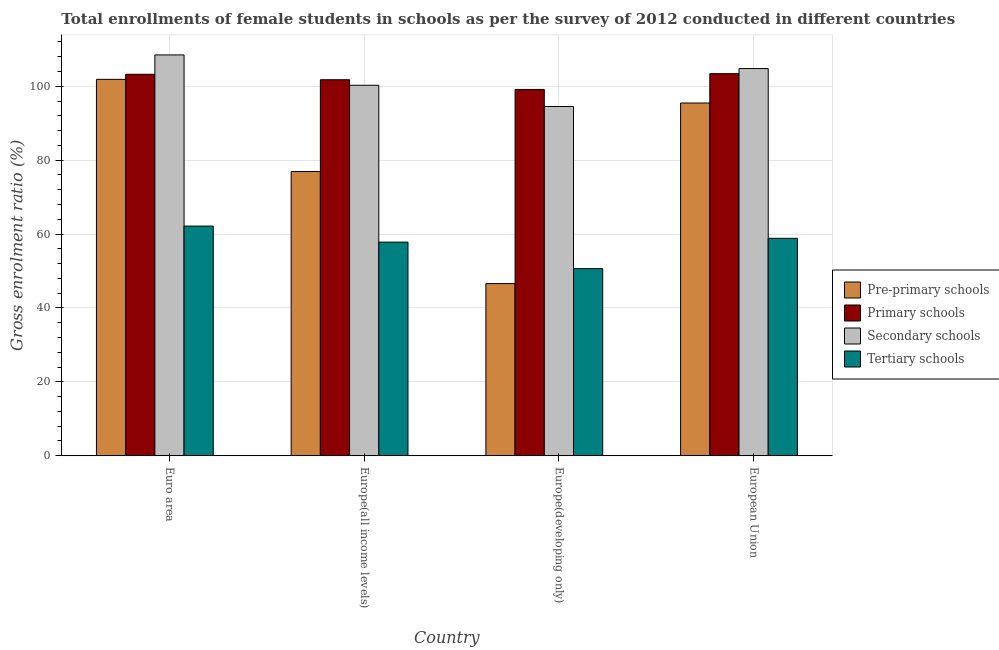
| Country | Pre-primary schools | Primary schools | Secondary schools | Tertiary schools |
 | --- | --- | --- | --- | --- |
 | Euro area | 102 | 103 | 108 | 62.2 |
 | Europe(all income levels) | 76.9 | 102 | 100 | 57.8 |
 | Europe(developing only) | 46.6 | 99.1 | 94.5 | 50.6 |
 | European Union | 95.5 | 103 | 105 | 58.8 |